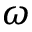
\omega